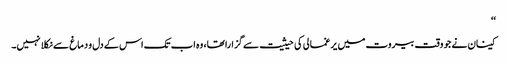
‘‘
کینان نے جو وقت بیروت میں یرغمالی کی حیثیت سے گزارا تھا، وہ اب تک اس کے دل و دماغ سے نکلا نہیں۔